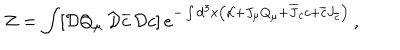
Z = \int [ { \cal D } Q _ { \mu } \, { \cal D } \overline { { { c } } } \, { \cal D } c ] \, e ^ { - \int d ^ { 3 } x \left( { \cal L } + J _ { \mu } Q _ { \mu } + \overline { { { J } } } _ { c } c + \overline { { { c } } } J _ { \overline { { c } } } \right) } \, ,